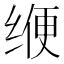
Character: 缏